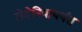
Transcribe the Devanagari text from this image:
रोमेनियापर्यंत